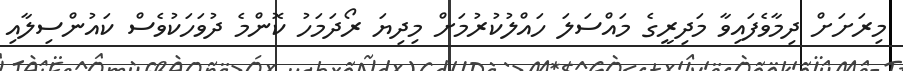
މިރަށަށް ދިމާވެފައިވާ މަދިރީގެ މައްސަލަ ހައްލުކުރުމަށް މިދިޔަ ރޯދަމަހު ކޮންމެ ދުވަހަކުވެސް ކައުންސިލާއި